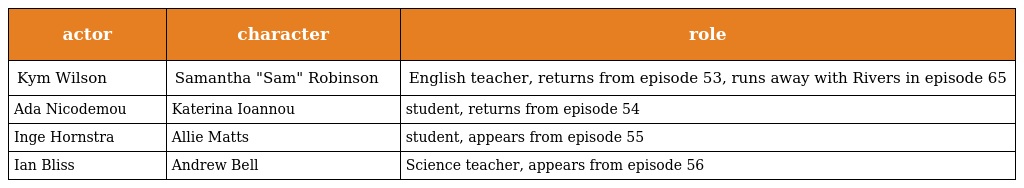
| actor | character | role |
 | --- | --- | --- |
 | Kym Wilson | Samantha "Sam" Robinson | English teacher, returns from episode 53, runs away with Rivers in episode 65 |
 | Ada Nicodemou | Katerina Ioannou | student, returns from episode 54 |
 | Inge Hornstra | Allie Matts | student, appears from episode 55 |
 | Ian Bliss | Andrew Bell | Science teacher, appears from episode 56 |